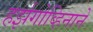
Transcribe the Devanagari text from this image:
हर्झगोव्हिनाने